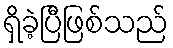
ရှိခဲ့ပြီဖြစ်သည်